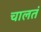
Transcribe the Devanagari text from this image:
चालतं